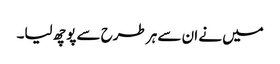
میں نے ان سے ہر طرح سے پوچھ لیا۔